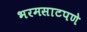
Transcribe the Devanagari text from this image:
भरमसाटपणे